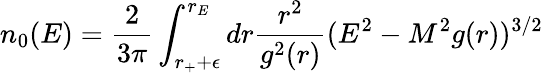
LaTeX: n_{0}(E)={\frac{2}{3\pi}}\int_{r_{+}+\epsilon}^{r_{E}}dr{\frac{r^{2}}{g^{2}(r)}}(E^{2}-M^{2}g(r))^{3/2}